Indian journal of veterinary science and animal husbandry - Volumes 24-25, 1954-1955
Year: 1954
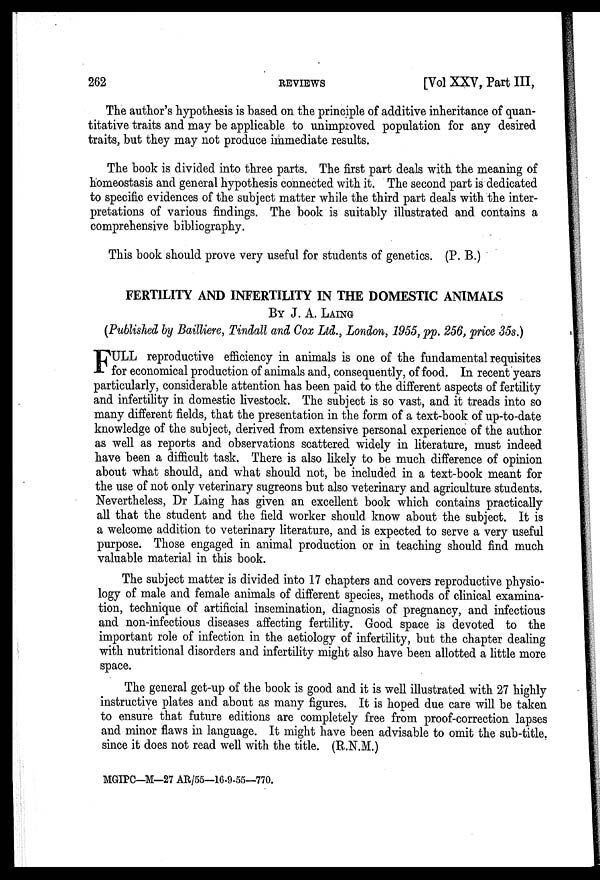
262
REVIEWS
[Vol XXV, Part III,
The author's hypothesis is based on the principle of additive inheritance of quan-
titative traits and may be applicable to unimproved population for any desired
traits, but they may not produce immediate results.
The book is divided into three parts. The first part deals with the meaning of
homeostasis and general hypothesis connected with it. The second part is dedicated
to specific evidences of the subject matter while the third part deals with the inter-
pretations of various findings. The book is suitably illustrated and contains a
comprehensive bibliography.
This book should prove very useful for students of genetics. (P. B.)
FERTILITY AND INFERTILITY IN THE DOMESTIC ANIMALS
BY J. A. LAING
(Published by Bailliere, Tindall and Cox Ltd., London, 1955, pp. 256, price 35s.)
F ULL reproductive efficiency in animals is one of the fundamental requisites
for economical production of animals and, consequently, of food. In recent years
particularly, considerable attention has been paid to the different aspects of fertility
and infertility in domestic livestock. The subject is so vast, and it treads into so
many different fields, that the presentation in the form of a text-book of up-to-date
knowledge of the subject, derived from extensive personal experience of the author
as well as reports and observations scattered widely in literature, must indeed
have been a difficult task. There is also likely to be much difference of opinion
about what should, and what should not, be included in a text-book meant for
the use of not only veterinary sugreons but also veterinary and agriculture students.
Nevertheless, Dr Laing has given an excellent book which contains practically
all that the student and the field worker should know about the subject. It is
a welcome addition to veterinary literature, and is expected to serve a very useful
purpose. Those engaged in animal production or in teaching should find much
valuable material in this book.
The subject matter is divided into 17 chapters and covers reproductive physio-
logy of male and female animals of different species, methods of clinical examina-
tion, technique of artificial insemination, diagnosis of pregnancy, and infectious
and non-infectious diseases affecting fertility. Good space is devoted to the
important role of infection in the aetiology of infertility, but the chapter dealing
with nutritional disorders and infertility might also have been allotted a little more
space.
The general get-up of the book is good and it is well illustrated with 27 highly
instructive plates and about as many figures. It is hoped due care will be taken
to ensure that future editions are completely free from proof-correction lapses
and minor flaws in language. It might have been advisable to omit the sub-title.
since it does not read well with the title. (R.N.M.)
MGIPC—M—27 AR/55—16-9-55—770.